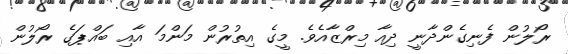
ރޯލުން ފެނިގެންދާނީ ދިއާ މިރްޒާއެވެ. މީގެ އިތުރުން މަންމަ އާއި ބައްޕަގެ ރޯލުން